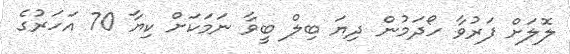
ލޮލަށް ފަރުވާ ހޯދަމުން ދިޔަ ބިލް ބީވާ ނަމަކަށް ކިޔާ 70 އަހަރުގެ